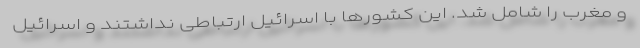
و مغرب را شامل شد. این کشورها با اسرائیل ارتباطی نداشتند و اسرائیل